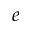
e